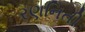
રણનિતી